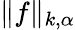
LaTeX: \| f\| _{k,\alpha}